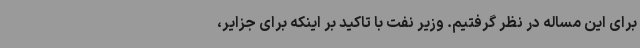
برای این مساله در نظر گرفتیم. وزیر نفت با تاکید بر اینکه برای جزایر،